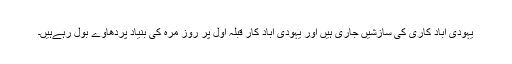
یہودی آباد کاری کی سازشیں جاری ہیں اور یہودی آباد کار قبلہ اول پر روز مرہ کی بنیاد پردھاوے بول رہےہیں۔